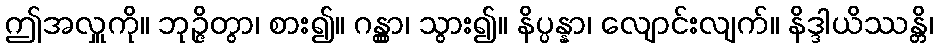
ဤအလှူကို။ ဘုဉ္ဇိတွာ၊ စား၍။ ဂန္တွာ၊ သွား၍။ နိပ္ပန္နာ၊ လျောင်းလျက်။ နိဒ္ဒါယိဿန္တိ၊